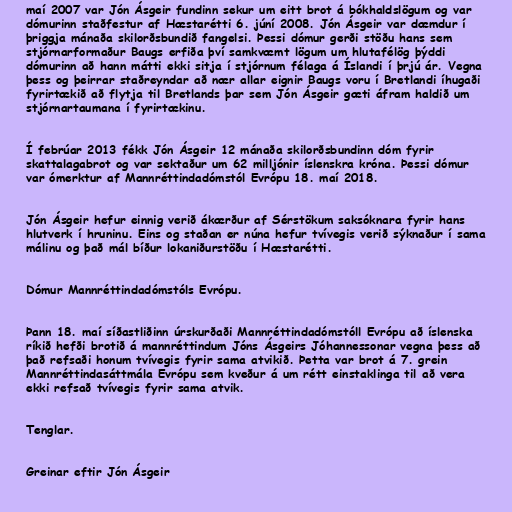
maí 2007 var Jón Ásgeir fundinn sekur um eitt brot á bókhaldslögum og var
dómurinn staðfestur af Hæstarétti 6. júní 2008. Jón Ásgeir var dæmdur í
þriggja mánaða skilorðsbundið fangelsi. Þessi dómur gerði stöðu hans sem
stjórnarformaður Baugs erfiða því samkvæmt lögum um hlutafélög þýddi
dómurinn að hann mátti ekki sitja í stjórnum félaga á Íslandi í þrjú ár. Vegna
þess og þeirrar staðreyndar að nær allar eignir Baugs voru í Bretlandi íhugaði
fyrirtækið að flytja til Bretlands þar sem Jón Ásgeir gæti áfram haldið um
stjórnartaumana í fyrirtækinu.

Í febrúar 2013 fékk Jón Ásgeir 12 mánaða skilorðsbundinn dóm fyrir
skattalagabrot og var sektaður um 62 milljónir íslenskra króna. Þessi dómur
var ómerktur af Mannréttindadómstól Evrópu 18. maí 2018.

Jón Ásgeir hefur einnig verið ákærður af Sérstökum saksóknara fyrir hans
hlutverk í hruninu. Eins og staðan er núna hefur tvívegis verið sýknaður í sama
málinu og það mál bíður lokaniðurstöðu í Hæstarétti.

Dómur Mannréttindadómstóls Evrópu.

Þann 18. maí síðastliðinn úrskurðaði Mannréttindadómstóll Evrópu að íslenska
ríkið hefði brotið á mannréttindum Jóns Ásgeirs Jóhannessonar vegna þess að
það refsaði honum tvívegis fyrir sama atvikið. Þetta var brot á 7. grein
Mannréttindasáttmála Evrópu sem kveður á um rétt einstaklinga til að vera
ekki refsað tvívegis fyrir sama atvik.

Tenglar.

Greinar eftir Jón Ásgeir